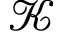
\mathcal { K }